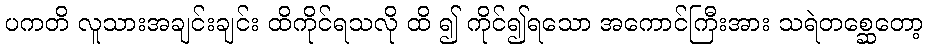
ပကတိ လူသားအချင်းချင်း ထိကိုင်ရသလို ထိ ၍ ကိုင်၍ရသော အကောင်ကြီးအား သရဲတစ္ဆေတော့